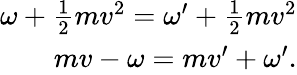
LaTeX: \begin{array}{r}{\omega+\frac{1}{2}mv^{2}=\omega^{\prime}+\frac{1}{2}mv^{2}}\\ {mv-\omega=mv^{\prime}+\omega^{\prime}.}\end{array}